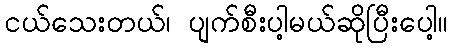
ငယ်သေးတယ်၊ ပျက်စီးပါ့မယ်ဆိုပြီးပေါ့။